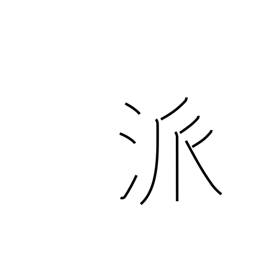
Meaning: school